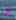
اذا